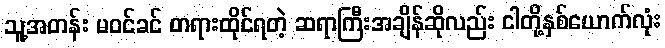
သူ့အတန်း မဝင်ခင် တရားထိုင်ရတဲ့ ဆရာကြီးအချိန်ဆိုလည်း ငါတို့နှစ်ယောက်လုံး